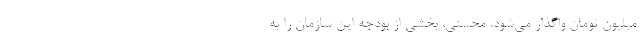
میلیون تومان واگذار می‌شود. محسنی، بخشی از بودجه این سازمان را به